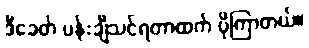
ဒီခေတ် ပန်းချီသင်ရတာထက် ပိုကြာတယ်။